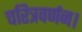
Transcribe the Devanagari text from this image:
चरित्रवर्णन।